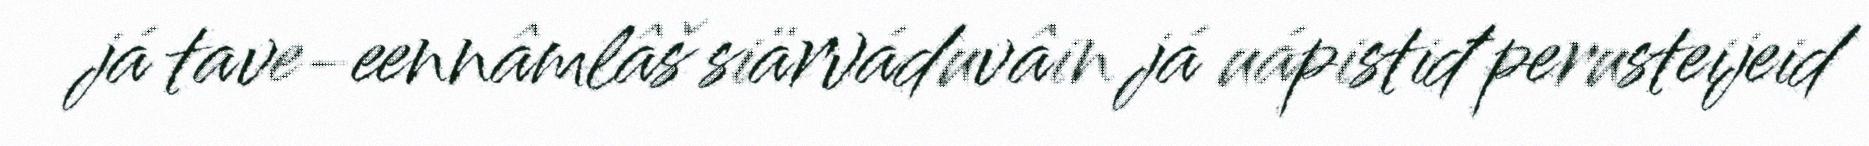
já tave-eennâmlâš siärváduvâin já uápistiđ perusteijeid